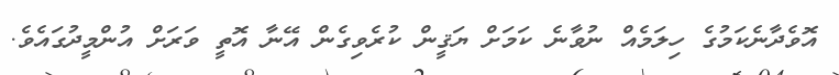
އޮވެދާނެކަމުގެ ހިލަމެއް ނުވާނެ ކަމަށް ޔަޤީން ކުރެވިގެން އޭނާ އޮތީ ވަރަށް އުންމީދުގައެވެ.